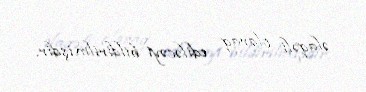
əlaqəli olaraq ediləcəyi bildirilmişdir.